Vaccination in Bombay 1869-1873 - 1869-1873
Year: 1869
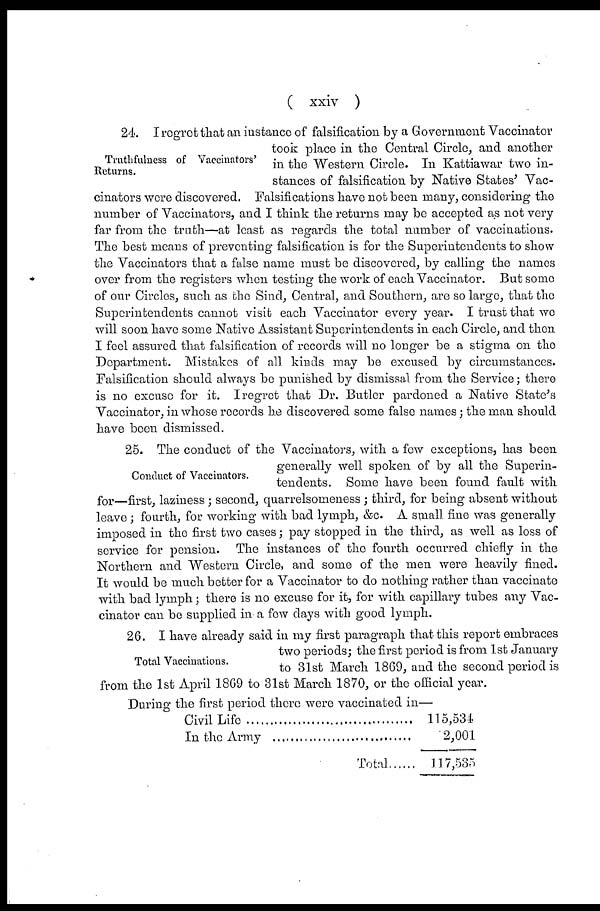
( xxiv )
Truthfulness of Vaccinators'
Returns.
24. I regret that an instance of falsification by a Government Vaccinator
took place in the Central Circle, and another
in the Western Circle. In Kattiawar two in-
stances of falsification by Native States' Vac-
cinators were discovered. Falsifications have not been many, considering the
number of Vaccinators, and I think the returns may be accepted as not very
far from the truth—at least as regards the total number of vaccinations.
The best means of preventing falsification is for the Superintendents to show
the Vaccinators that a false name must be discovered, by calling the names
over from the registers when testing the work of each Vaccinator. But some
of our Circles, such as the Sind, Central, and Southern, are so large, that the
Superintendents cannot visit each Vaccinator every year. I trust that we
will soon have some Native Assistant Superintendents in each Circle, and then
I feel assured that falsification of records will no longer be a stigma on the
Department. Mistakes of all kinds may be excused by circumstances.
Falsification should always be punished by dismissal from the Service; there
is no excuse for it. I regret that Dr. Butler pardoned a Native State's
Vaccinator, in whose records he discovered some false names; the man should
have been dismissed.
Conduct of Vaccinators.
25. The conduct of the Vaccinators, with a few exceptions, has been
generally well spoken of by all the Superin-
tendents. Some have been found fault with
for—first, laziness ; second, quarrelsomeness ; third, for being absent without
leave ; fourth, for working with bad lymph, &c. A small fine was generally
imposed in the first two cases; pay stopped in the third, as well as loss of
service for pension. The instances of the fourth occurred chiefly in the
Northern and Western Circle, and some of the men were heavily fined.
It would be much better for a Vaccinator to do nothing rather than vaccinate
with bad lymph; there is no excuse for it, for with capillary tubes any Vac-
cinator can be supplied in a few days with good lymph.
Total Vaccinations.
26. I have already said in my first paragraph that this report embraces
two periods; the first period is from 1st January
to 31st March 1869, and the second period is
from the 1st April 1869 to 31st March 1870, or the official year.
During the first period there were vaccinated in—
Civil life ...............................................
In the Army ......................................
Total
115,534
2,001
117,535